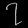
Digit: ၇